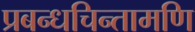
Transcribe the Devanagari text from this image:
प्रबन्धचिन्तामणि